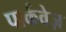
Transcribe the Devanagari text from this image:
पार्कवेज़